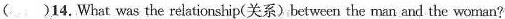
( )14.What was the relationship(关系)between the man and the woman?